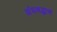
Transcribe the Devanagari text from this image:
अंधश्रद्धाच